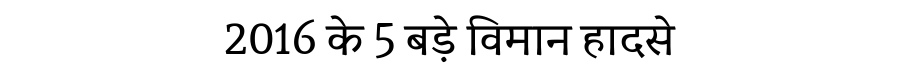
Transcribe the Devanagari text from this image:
2016 के 5 बड़े विमान हादसे